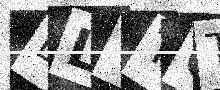
Text: BLTTGT